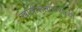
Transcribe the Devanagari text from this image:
खात्रीलायकरीत्या